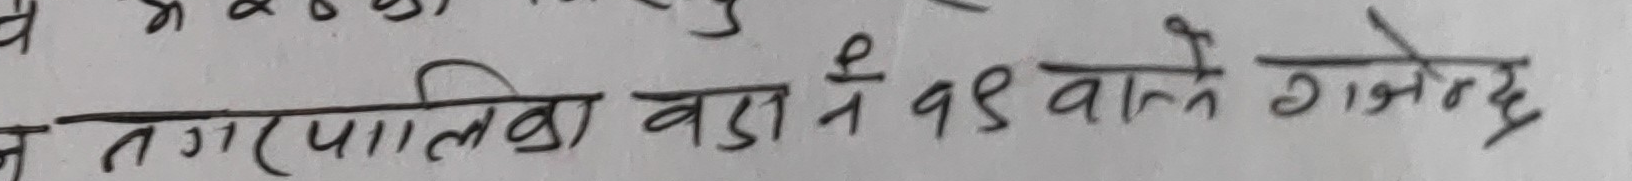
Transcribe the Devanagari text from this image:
न नगरपालिका वडा नं १४ वनाले गर्नेछ